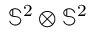
\mathbb { S } ^ { 2 } \otimes \mathbb { S } ^ { 2 }